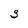
Character: S